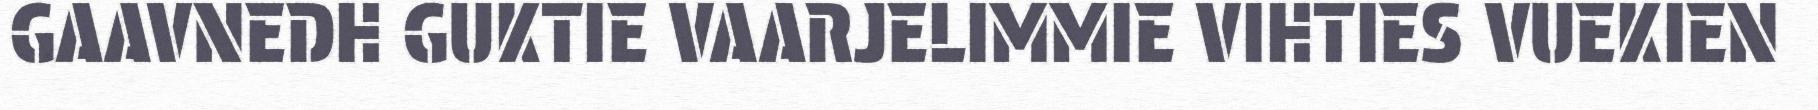
GAAVNEDH GUKTIE VAARJELIMMIE VIHTIES VUEKIEN